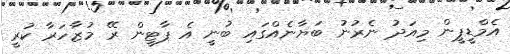
އެމްޑީޕީން މިއަދު ނެރުނު ބަޔާނެއްގައި ބުނީ އެ ޕާޓީން ރޭ މުޒާހަރާ ކުރީ